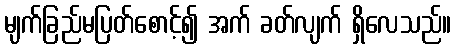
မျက်ခြည်မပြတ်စောင့်၍ အက် ခတ်လျက် ရှိလေသည်။